Vaccination in Bombay 1863-1868 - 1863-1868
Year: 1863
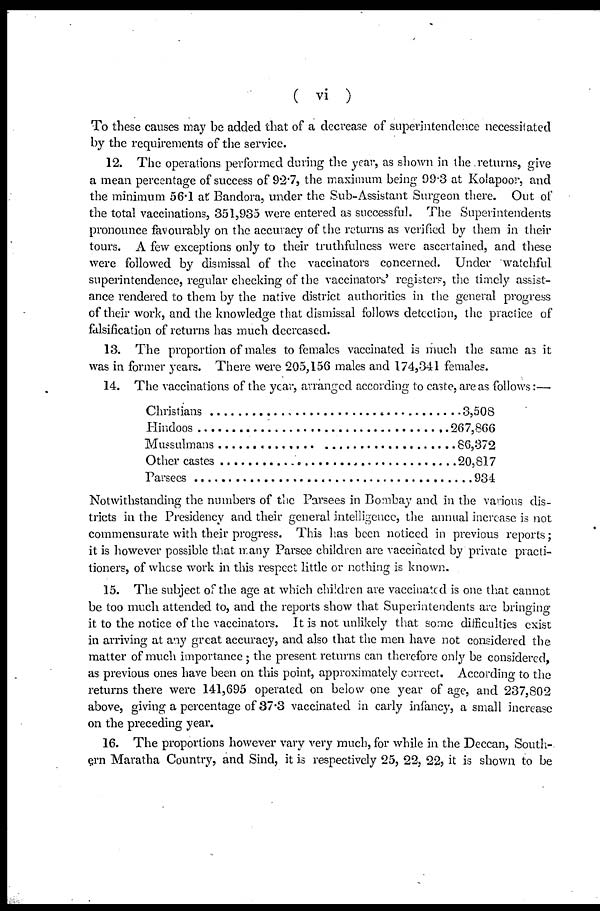
( vi )
To these causes may be added that of a decrease of superintendence necessitated
by the requirements of the service.
12. The operations performed during the year, as shown in the returns, give
a mean percentage of success of 92.7, the maximum being 99.3 at Kolapoor, and
the minimum 56.1 at Bandora, under the Sub-Assistant Surgeon there. Out of
the total vaccinations, 351,935 were entered as successful. The Superintendents
pronounce favourably on the accuracy of the returns as verified by them in their
tours. A few exceptions only to their truthfulness were ascertained, and these
were followed by dismissal of the vaccinators concerned. Under watchful
superintendence, regular checking of the vaccinators' registers, the timely assist-
ance rendered to them by the native district authorities in the general progress
of their work, and the knowledge that dismissal follows detection, the practice of
falsification of returns has much decreased.
13. The proportion of males to females vaccinated is much the same as it
was in former years. There were 205,156 males and 174,341 females.
14. The vaccinations of the year, arranged according to caste, are as follows:—
Christians ...............................
Hindoos ........................................
Mussulmans .................................
Other castes .................................
Parsees .............................................
3,508
267,866
86,372
20,817
934
Notwithstanding the numbers of the Parsees in Bombay and in the various dis-
tricts in the Presidency and their general intelligence, the annual increase is not
commensurate with their progress. This has been noticed in previous reports;
it is however possible that many Parsee children are vaccinated by private practi-
tioners, of whose work in this respect little or nothing is known.
15. The subject of the age at which children are vaccinated is one that cannot
be too much attended to, and the reports show that Superintendents are bringing
it to the notice of the vaccinators. It is not unlikely that some difficulties exist
in arriving at any great accuracy, and also that the men have not considered the
matter of much importance ; the present returns can therefore only be considered,
as previous ones have been on this point, approximately correct. According to the
returns there were 141,695 operated on below one year of age, and 237,802
above, giving a percentage of 37.3 vaccinated in early infancy, a small increase
on the preceding year.
16. The proportions however vary very much, for while in the Deccan, South-
ern Maratha Country, and Sind, it is respectively 25, 22, 22, it is shown to be